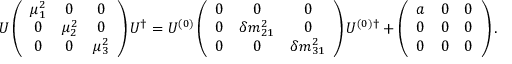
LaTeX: U \left( \begin{array} { c c c } { { \mu _ { 1 } ^ { 2 } } } & { { 0 } } & { { 0 } } \\ { { 0 } } & { { \mu _ { 2 } ^ { 2 } } } & { { 0 } } \\ { { 0 } } & { { 0 } } & { { \mu _ { 3 } ^ { 2 } } } \end{array} \right) U ^ { \dagger } = U ^ { ( 0 ) } \left( \begin{array} { c c c } { { 0 } } & { { 0 } } & { { 0 } } \\ { { 0 } } & { { \delta m _ { 2 1 } ^ { 2 } } } & { { 0 } } \\ { { 0 } } & { { 0 } } & { { \delta m _ { 3 1 } ^ { 2 } } } \end{array} \right) U ^ { ( 0 ) \dagger } + \left( \begin{array} { c c c } { { a } } & { { 0 } } & { { 0 } } \\ { { 0 } } & { { 0 } } & { { 0 } } \\ { { 0 } } & { { 0 } } & { { 0 } } \end{array} \right) .